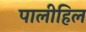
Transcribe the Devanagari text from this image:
पालीहिल